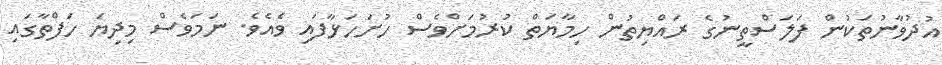
އުދުވާނުތަކުން ފަލަސްތީނުގެ ރައްޔިތުން ހިމާޔަތް ކުރުމަށްވެސް ހުށަހަޅާފައި ވެއެވެ. ނަމަވެސް މިދިޔަ ހަފްތާގައި